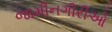
જામીનગીરીઓ